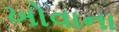
ખોવાના